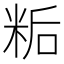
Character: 𬖙